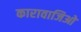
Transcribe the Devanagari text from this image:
कारावाजिओ